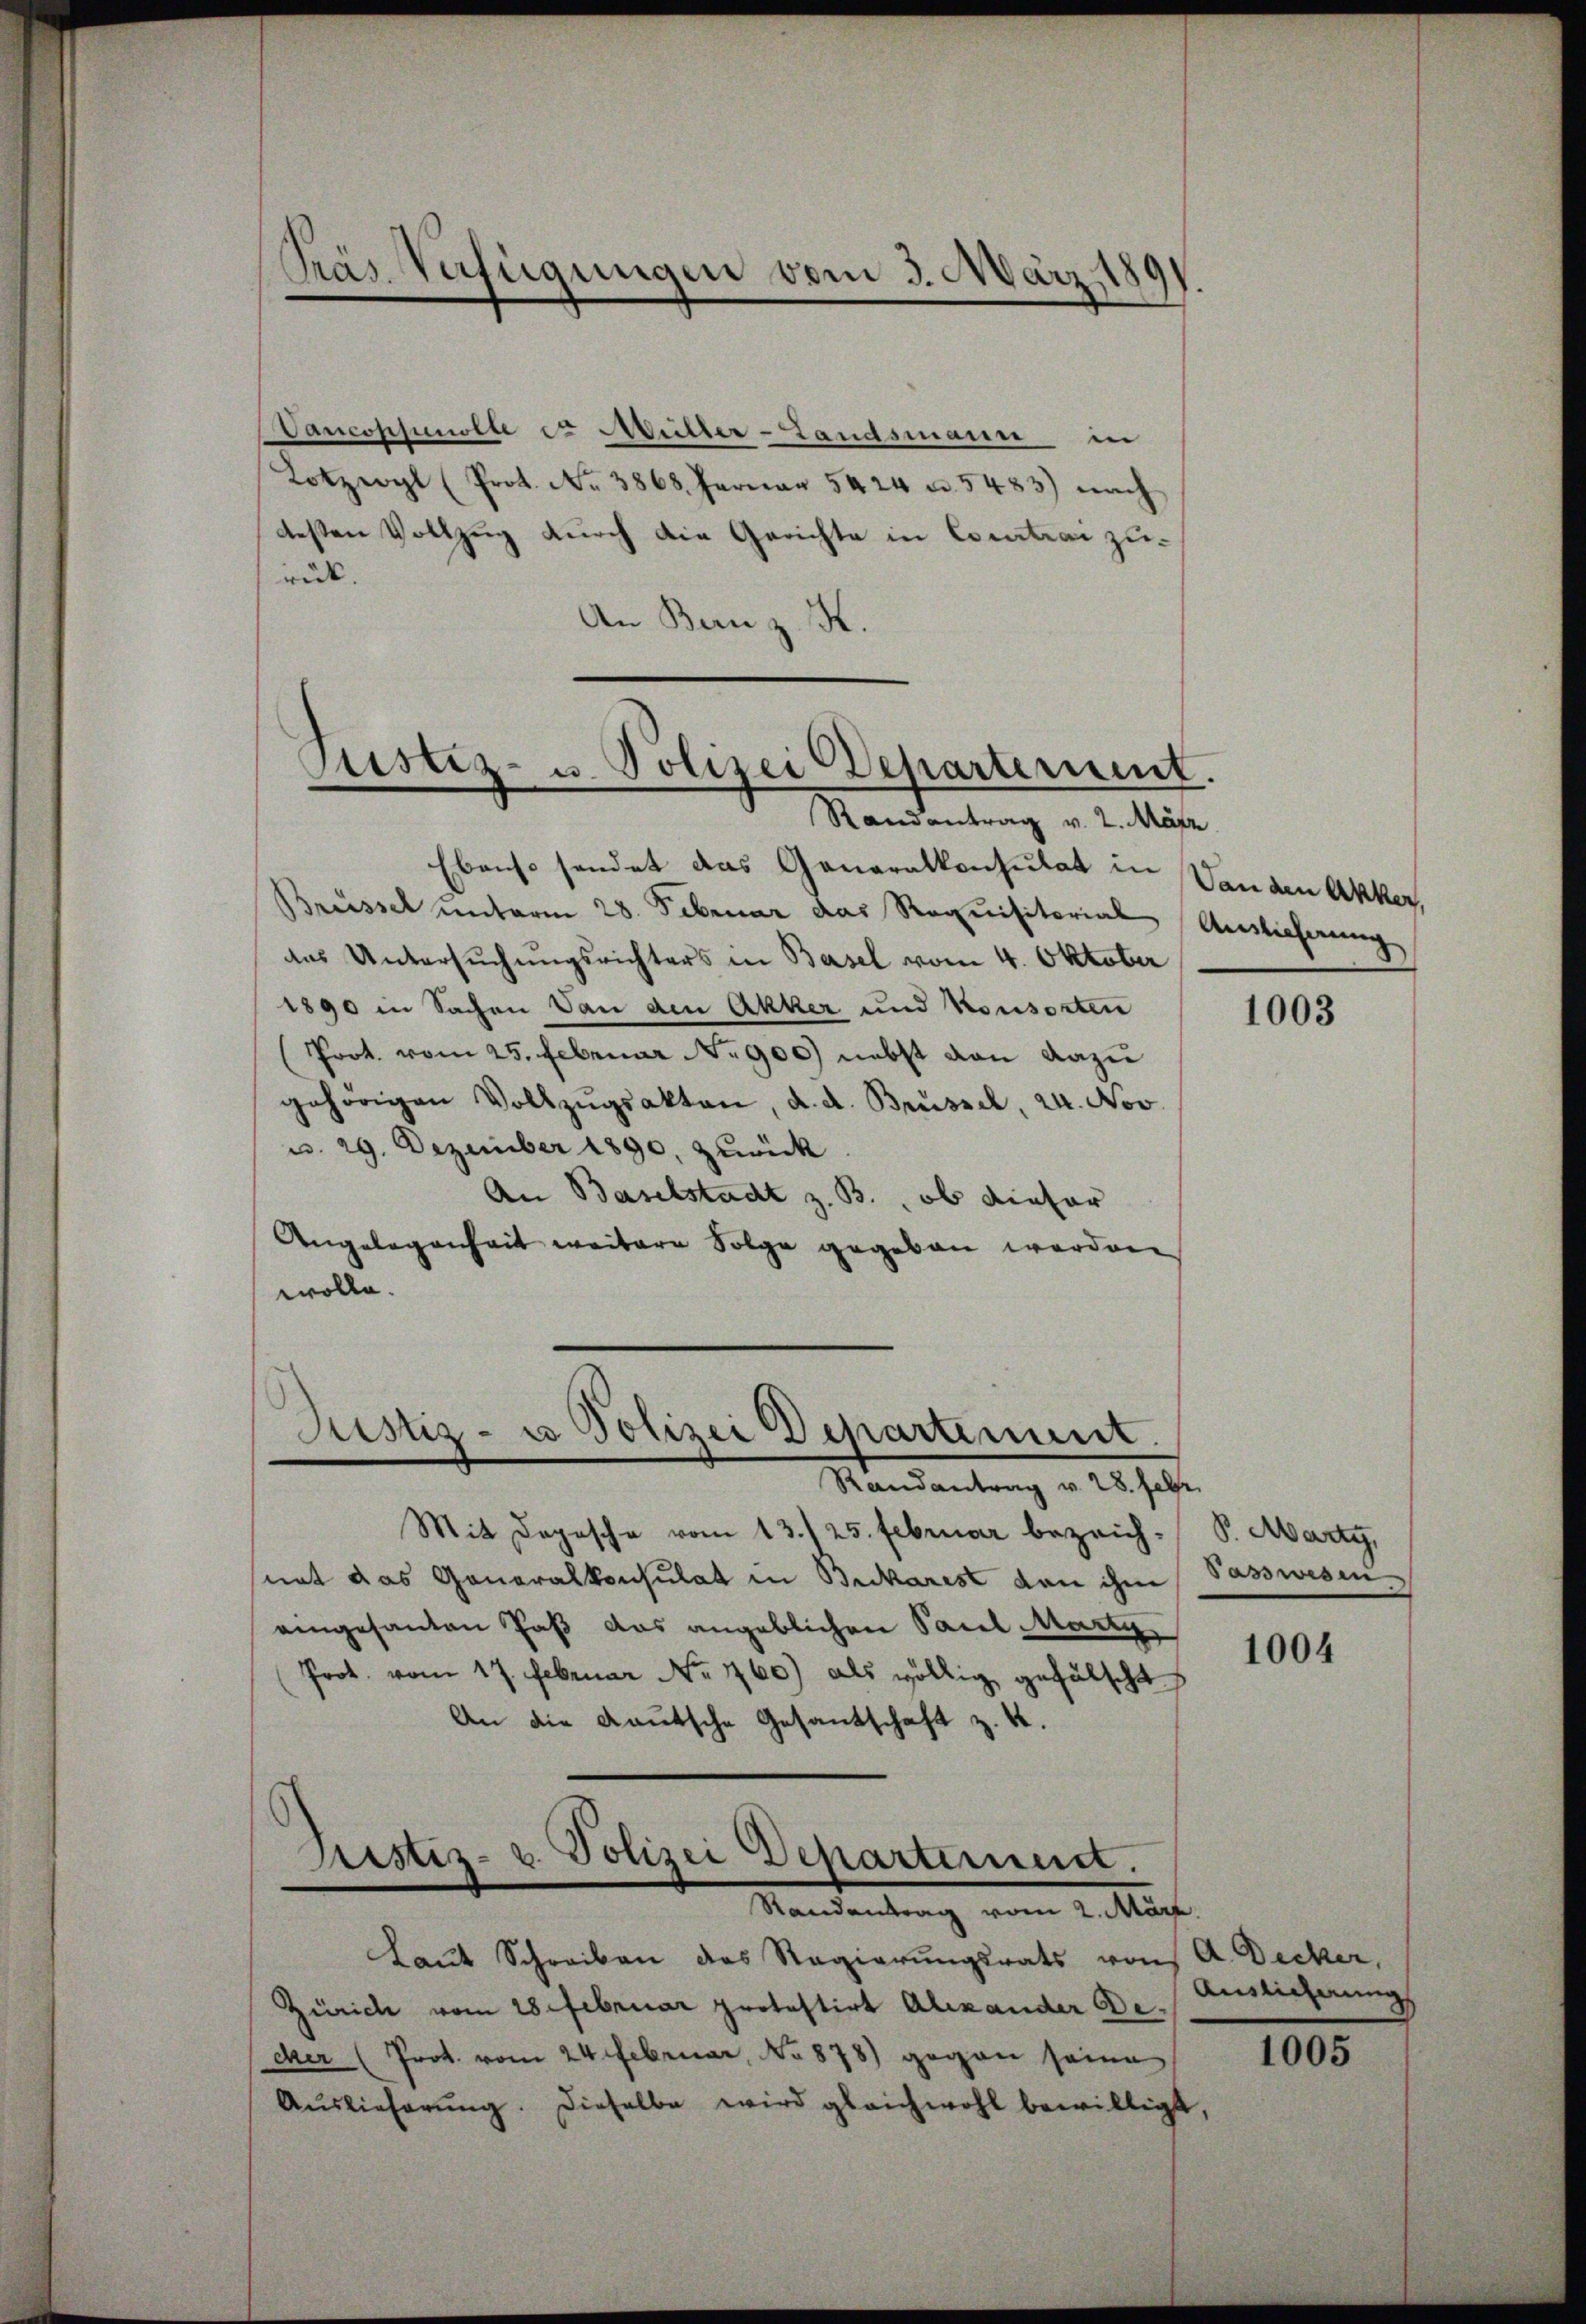
Präs. Verfügungen vom 3. März,

Vancoppenolle et Müller-Landsmann in
Lotzeogl (Prot. Nr. 3868. Ferner 5424 u. 5483) nach
testen Vollzug durch die Gerichte in Courtrai zurück.
An Bern z. K.

Justiz- u. Polizei Departeriet.

Ebenso sendet das Generalkonsulat in
Brüssel unterm 28. Februar das Requisitorial
das Untersuchungsrichters in Basel vom 4. Oktober
1890 in Sachen Van den Akker und Konsorten
Prot. vom 25. Februar No 900 nebst von dazu
gehörigen Vollzŭgsakten, d. d. Brüssel, 24. Nov.
u. 29. Dezember 1890, zurück
An Baselstadt z. B., ob diefer
Angelegenheit weitere Folge gegeben werden
wolle.

Randantrag v. 2. März

Justiz- u Polizei Departement.
Randantrag v. 28. Febr.

Mit Depesche vom 13./25. Februar bezeich-S. Marty,
nat das Generalkonsulat in Brikarist von ihm Passwesen
eingesanten Paß das angeblichen Paul Marty
Prot. vom 17. Februar No. 160) als völlig gefälscht
An die Kautsche Gesantschaft z. 4.

Prestiz- u. Polizei Departement.
Mandentrag vom 1. Aug.

Laut Schreiben des Regierungsrats von A. Decker,
Zürich vom 28. Februar protestirt Alexander Dicer (Prot. vom 24. Februar, No 878) gegen seine
Aŭslieferŭng. Dieselbe wird gleichwohl bewilligt,

Dan den Akker,
Auslicherung

1003

1004

Auslicherung

1005